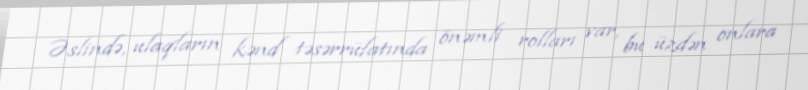
Əslində, ulaqların kənd təsərrüfatında önəmli rolları var, bu üzdən onlara